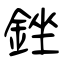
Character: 銼